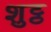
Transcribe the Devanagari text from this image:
शुट्ठ